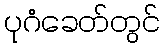
ပုဂံခေတ်တွင်